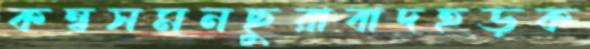
কম্বসমনছুরাবাদহড়ক